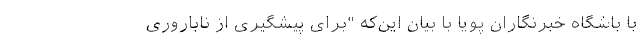
با باشگاه خبرنگاران پویا با بیان این‌‌که "برای پیشگیری از ناباروری